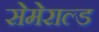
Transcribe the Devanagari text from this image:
सेमेराल्ड